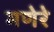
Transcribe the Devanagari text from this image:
मणेरे